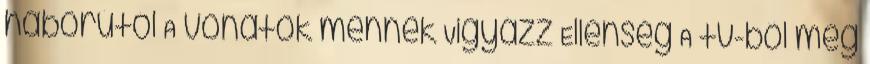
háborútól A vonatok mennek Vigyázz Ellenség A tv-ből meg